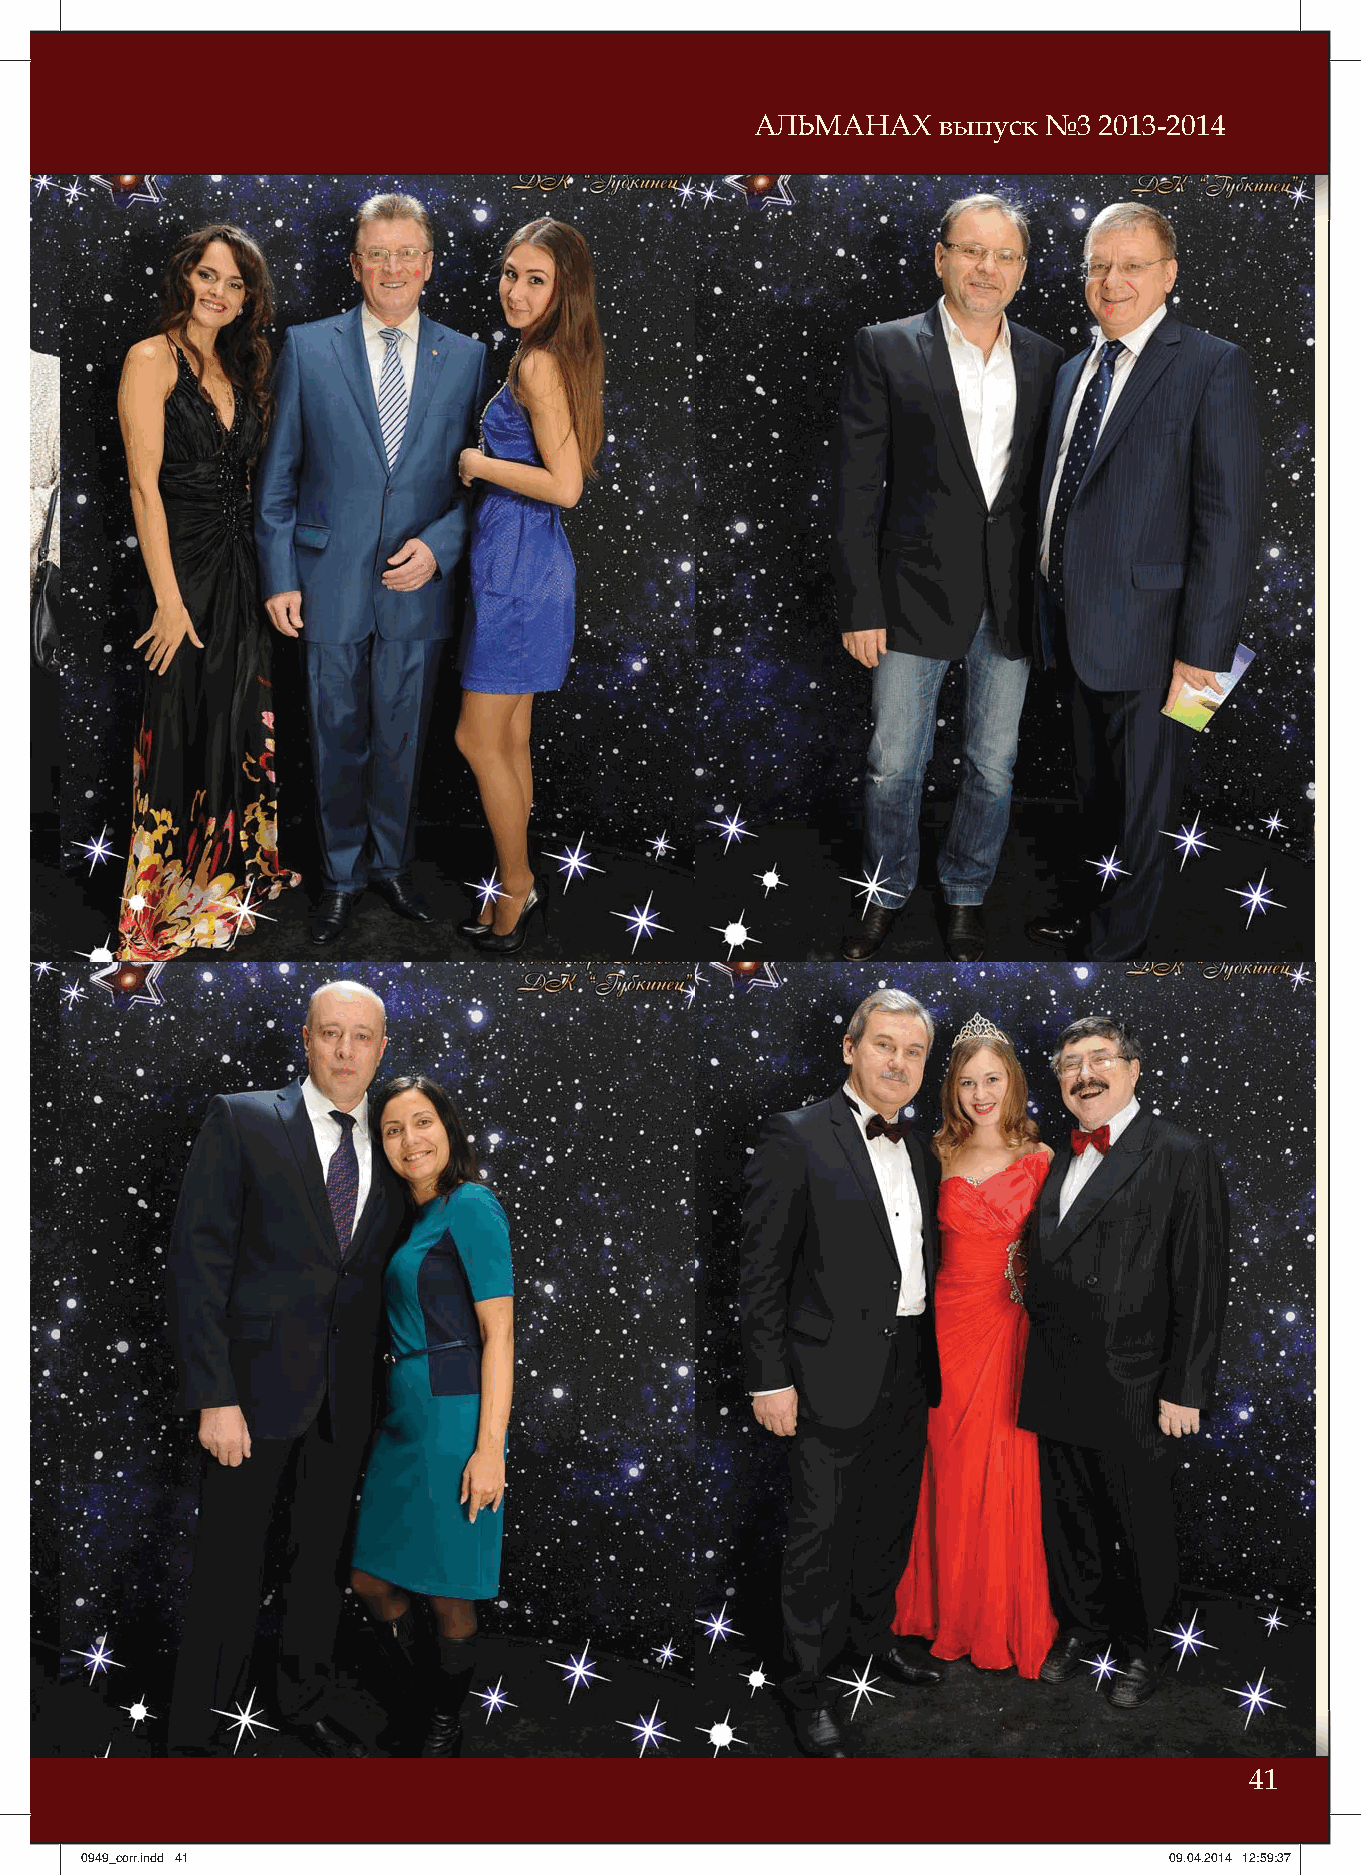
АЛЬМАНАХ    выпуск №3  2013-2014
 41
 00994499__ccoorrrr..iinndddd 4411                                       0099..0044..22001144 1122::5599::3377